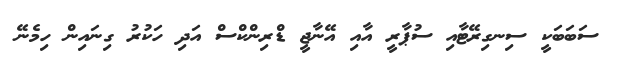
ސަބަބަކީ ސިނގިރޭޓާއި ސުޕާރީ އާއި އޭނާޖީ ޑްރިންކްސް އަދި ހަކުރު ގިނައިން ހިމެނޭ